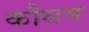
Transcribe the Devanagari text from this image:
कौसम